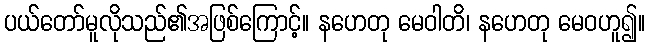
ပယ်တော်မူလိုသည်၏အဖြစ်ကြောင့်။ နဟေတု မေဝါတိ၊ နဟေတု မေဝဟူ၍။